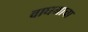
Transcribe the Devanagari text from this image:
वाघमाचा